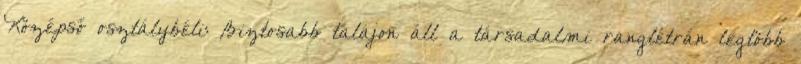
Középső osztálybéli: Biztosabb talajon áll a társadalmi ranglétrán legtöbb